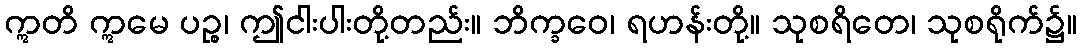
ဣတိ ဣမေ ပဉ္စ၊ ဤငါးပါးတို့တည်း။ ဘိက္ခဝေ၊ ရဟန်းတို့။ သုစရိတေ၊ သုစရိုက်၌။